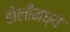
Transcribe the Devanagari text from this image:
ढोलीमध्ये